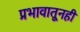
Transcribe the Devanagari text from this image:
प्रभावातूनही